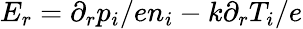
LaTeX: E_{r}=\partial_{r}p_{i}/en_{i}-k\partial_{r}T_{i}/e